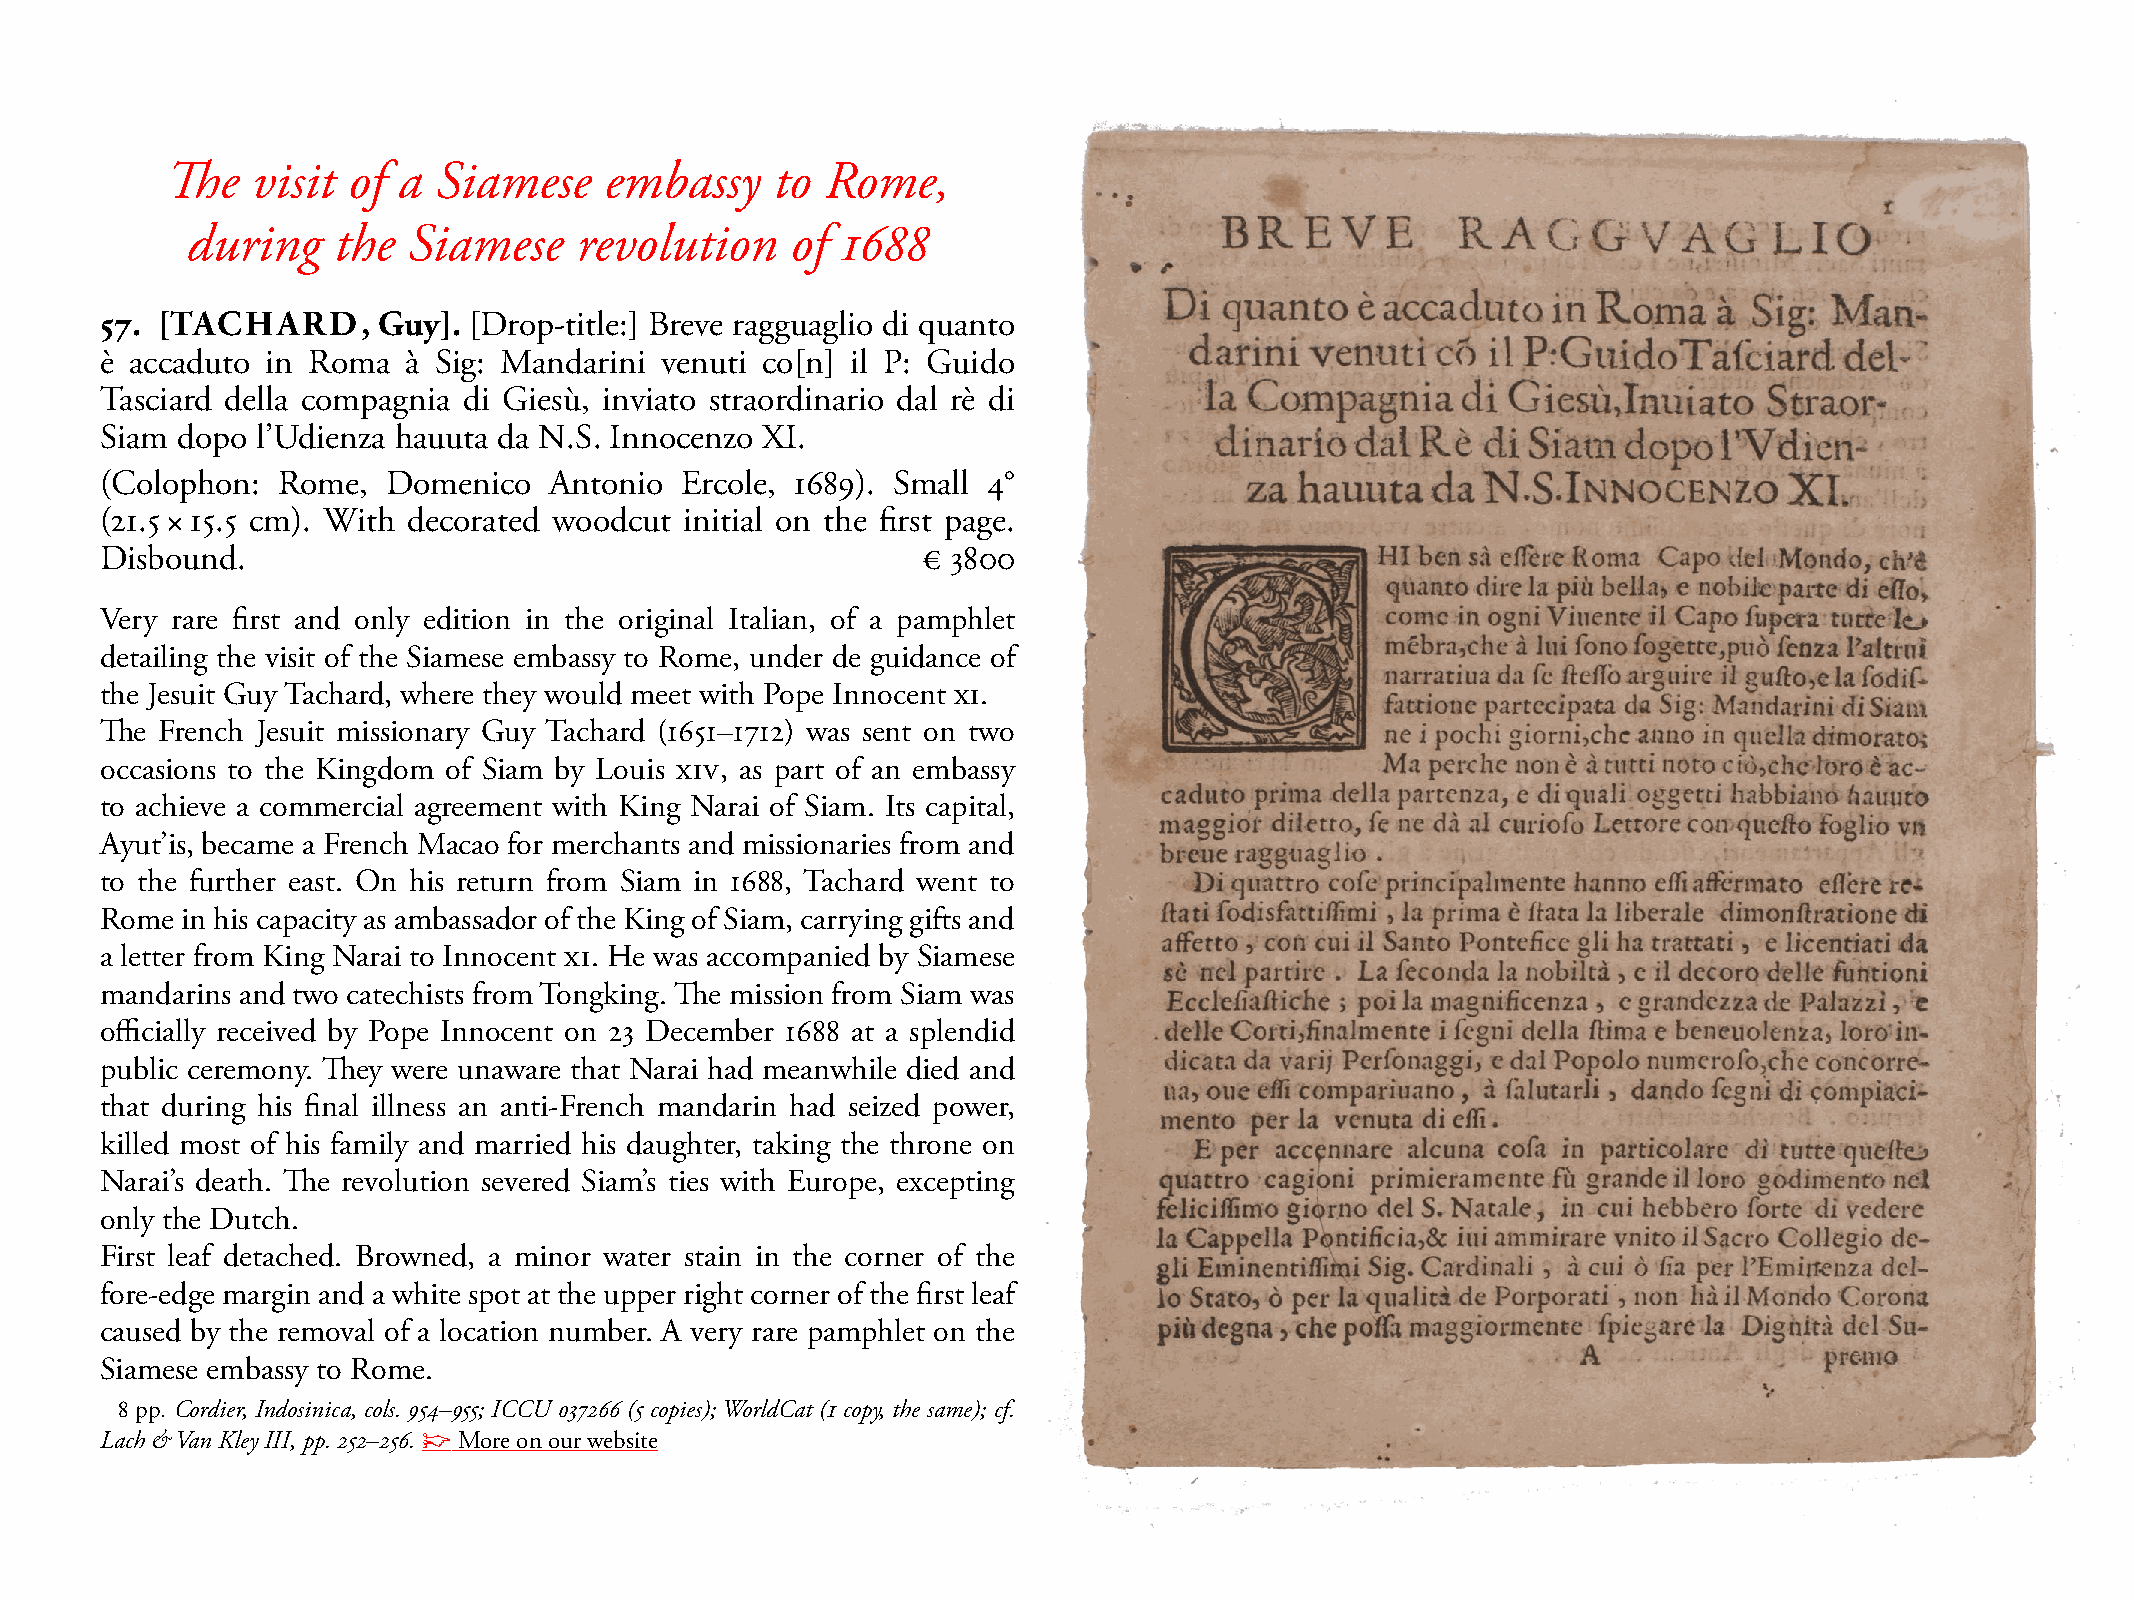
The   visit of a  Siamese    embassy    to  Rome,
 during    the  Siamese    revolution    of  1688
 57. [TACHARD,     Guy]. [Drop-title:] Breve ragguaglio di quanto
 è accaduto in Roma  à sig: mandarini venuti co[n] il P: Guido
 Tasciard della compagnia di Giesù, inviato straordinario dal rè di
 siam dopo l’Udienza hauuta da N.s. Innocenzo XI.
 (Colophon: Rome,   Domenico  Antonio  Ercole, 1689). small 4°
 (21.5 × 15.5 cm). With decorated woodcut initial on the first page.
 Disbound.                                             € 3800
 Very rare first and only edition in the original Italian, of a pamphlet
 detailing the visit of the siamese embassy to Rome, under de guidance of
 the Jesuit Guy Tachard, where they would meet with Pope Innocent XI.
 The French Jesuit missionary Guy Tachard (1651–1712) was sent on two
 occasions to the Kingdom of siam by Louis XIV, as part of an embassy
 to achieve a commercial agreement with King Narai of siam. Its capital,
 Ayut’is, became a French macao for merchants and missionaries from and
 to the further east. On his return from siam in 1688, Tachard went to
 Rome in his capacity as ambassador of the King of siam, carrying gifts and
 a letter from King Narai to Innocent XI. He was accompanied by siamese
 mandarins and two catechists from Tongking. The mission from siam was
 officially received by Pope Innocent on 23 December 1688 at a splendid
 public ceremony. They were unaware that Narai had meanwhile died and
 that during his final illness an anti-French mandarin had seized power,
 killed most of his family and married his daughter, taking the throne on
 Narai’s death. The revolution severed siam’s ties with Europe, excepting
 only the Dutch.
 First leaf detached. Browned, a minor water stain in the corner of the
 fore-edge margin and a white spot at the upper right corner of the first leaf
 caused by the removal of a location number. A very rare pamphlet on the
 siamese embassy to Rome.
 8 pp. Cordier, Indosinica, cols. 954–955; ICCU 037266 (5 copies); WorldCat (1 copy, the same); cf.
 Lach & Van Kley III, pp. 252–256. ☞ more on our website